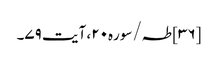
[۳۶] طہ/سوره۲۰، آیت ۷۹۔